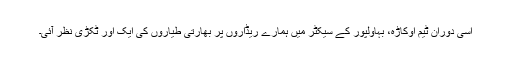
اسی دوران ٹیم اوکاڑہ، بہاولپور کے سیکٹر میں ہمارے ریڈاروں پر بھارتی طیاروں کی ایک اور ٹکڑی نظر آئی۔